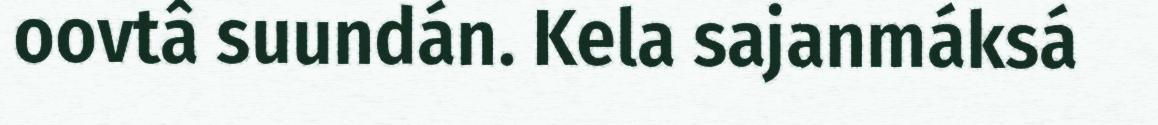
oovtâ suundán. Kela sajanmáksá